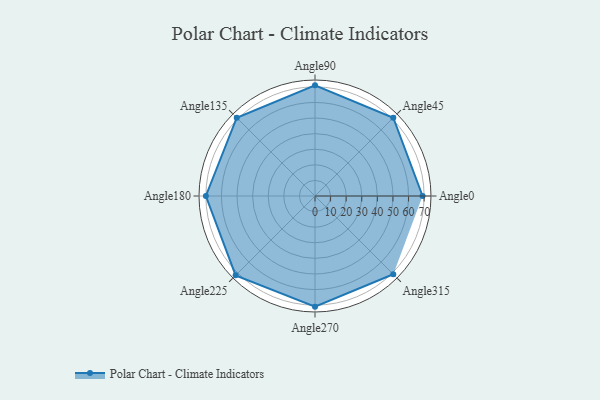
{"axis": {"x": "Angle", "y": "Radius"}, "legend": [""], "data": [{"x": "Angle0", "y": 69.0, "type": ""}, {"x": "Angle45", "y": 71.0, "type": ""}, {"x": "Angle90", "y": 71.0, "type": ""}, {"x": "Angle135", "y": 71.0, "type": ""}, {"x": "Angle180", "y": 70.0, "type": ""}, {"x": "Angle225", "y": 72.0, "type": ""}, {"x": "Angle270", "y": 71.0, "type": ""}, {"x": "Angle315", "y": 71.0, "type": ""}]}